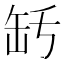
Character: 𦈤